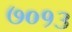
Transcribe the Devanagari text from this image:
७०१३